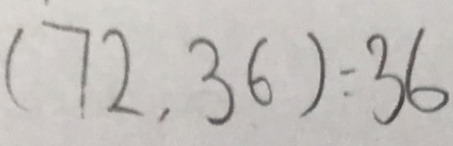
( 7 2 , 3 6 ) = 3 6